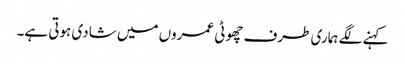
کہنے لگے ہماری طرف چھوٹی عمروں میں شادی ہوتی ہے۔